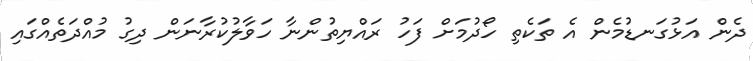
ދެން އަޅުގަނޑުމެން އެ ތަކެތި ހޯދުމަށް ފަހު ރައްޔިތުންނާ ހަވާލުކުރާނަން ދިގު މުއްދަތެއްގައި